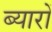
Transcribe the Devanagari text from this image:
ब्यारों